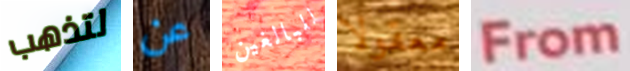
لتذهب عن للبالغين معقولا From